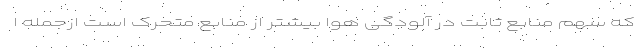
که سهم منابع ثابت در آلودگی هوا بیشتر از منابع متحرک است ازجمله ا